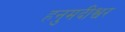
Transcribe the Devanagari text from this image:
हनुमदीश्वर